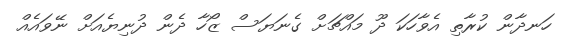
ހަނދާން ކުރާތި އެވާހަކަ ދޫ މައްޗަށް ގެނަޔަސް ޒޯހާ ދެން ދުނިޔެއަށް ނޭވައެއް